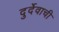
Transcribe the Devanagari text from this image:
दुर्देवाची